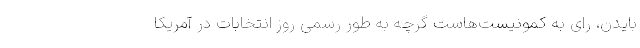
بایدن، رای به کمونیست‌هاست گرچه به طور رسمی روز انتخابات در آمریکا